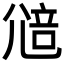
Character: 𡯷